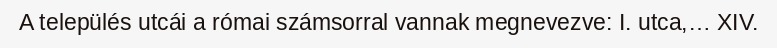
A település utcái a római számsorral vannak megnevezve: I. utca,… XIV.